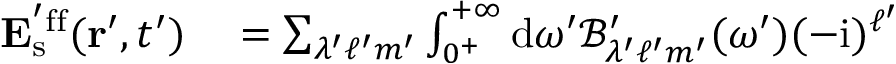
\begin{array} { r l } { \mathbf { E } _ { \mathrm { s } } ^ { ' \mathrm { f f } } ( \mathbf { r } ^ { \prime } , t ^ { \prime } ) } & { { } = \sum _ { \lambda ^ { \prime } \ell ^ { \prime } m ^ { \prime } } \int _ { 0 ^ { + } } ^ { + \infty } \mathrm { d } \omega ^ { \prime } \mathcal { B ^ { \prime } } _ { \lambda ^ { \prime } \ell ^ { \prime } m ^ { \prime } } ( \omega ^ { \prime } ) ( - \mathrm { i } ) ^ { \ell ^ { \prime } } } \end{array}